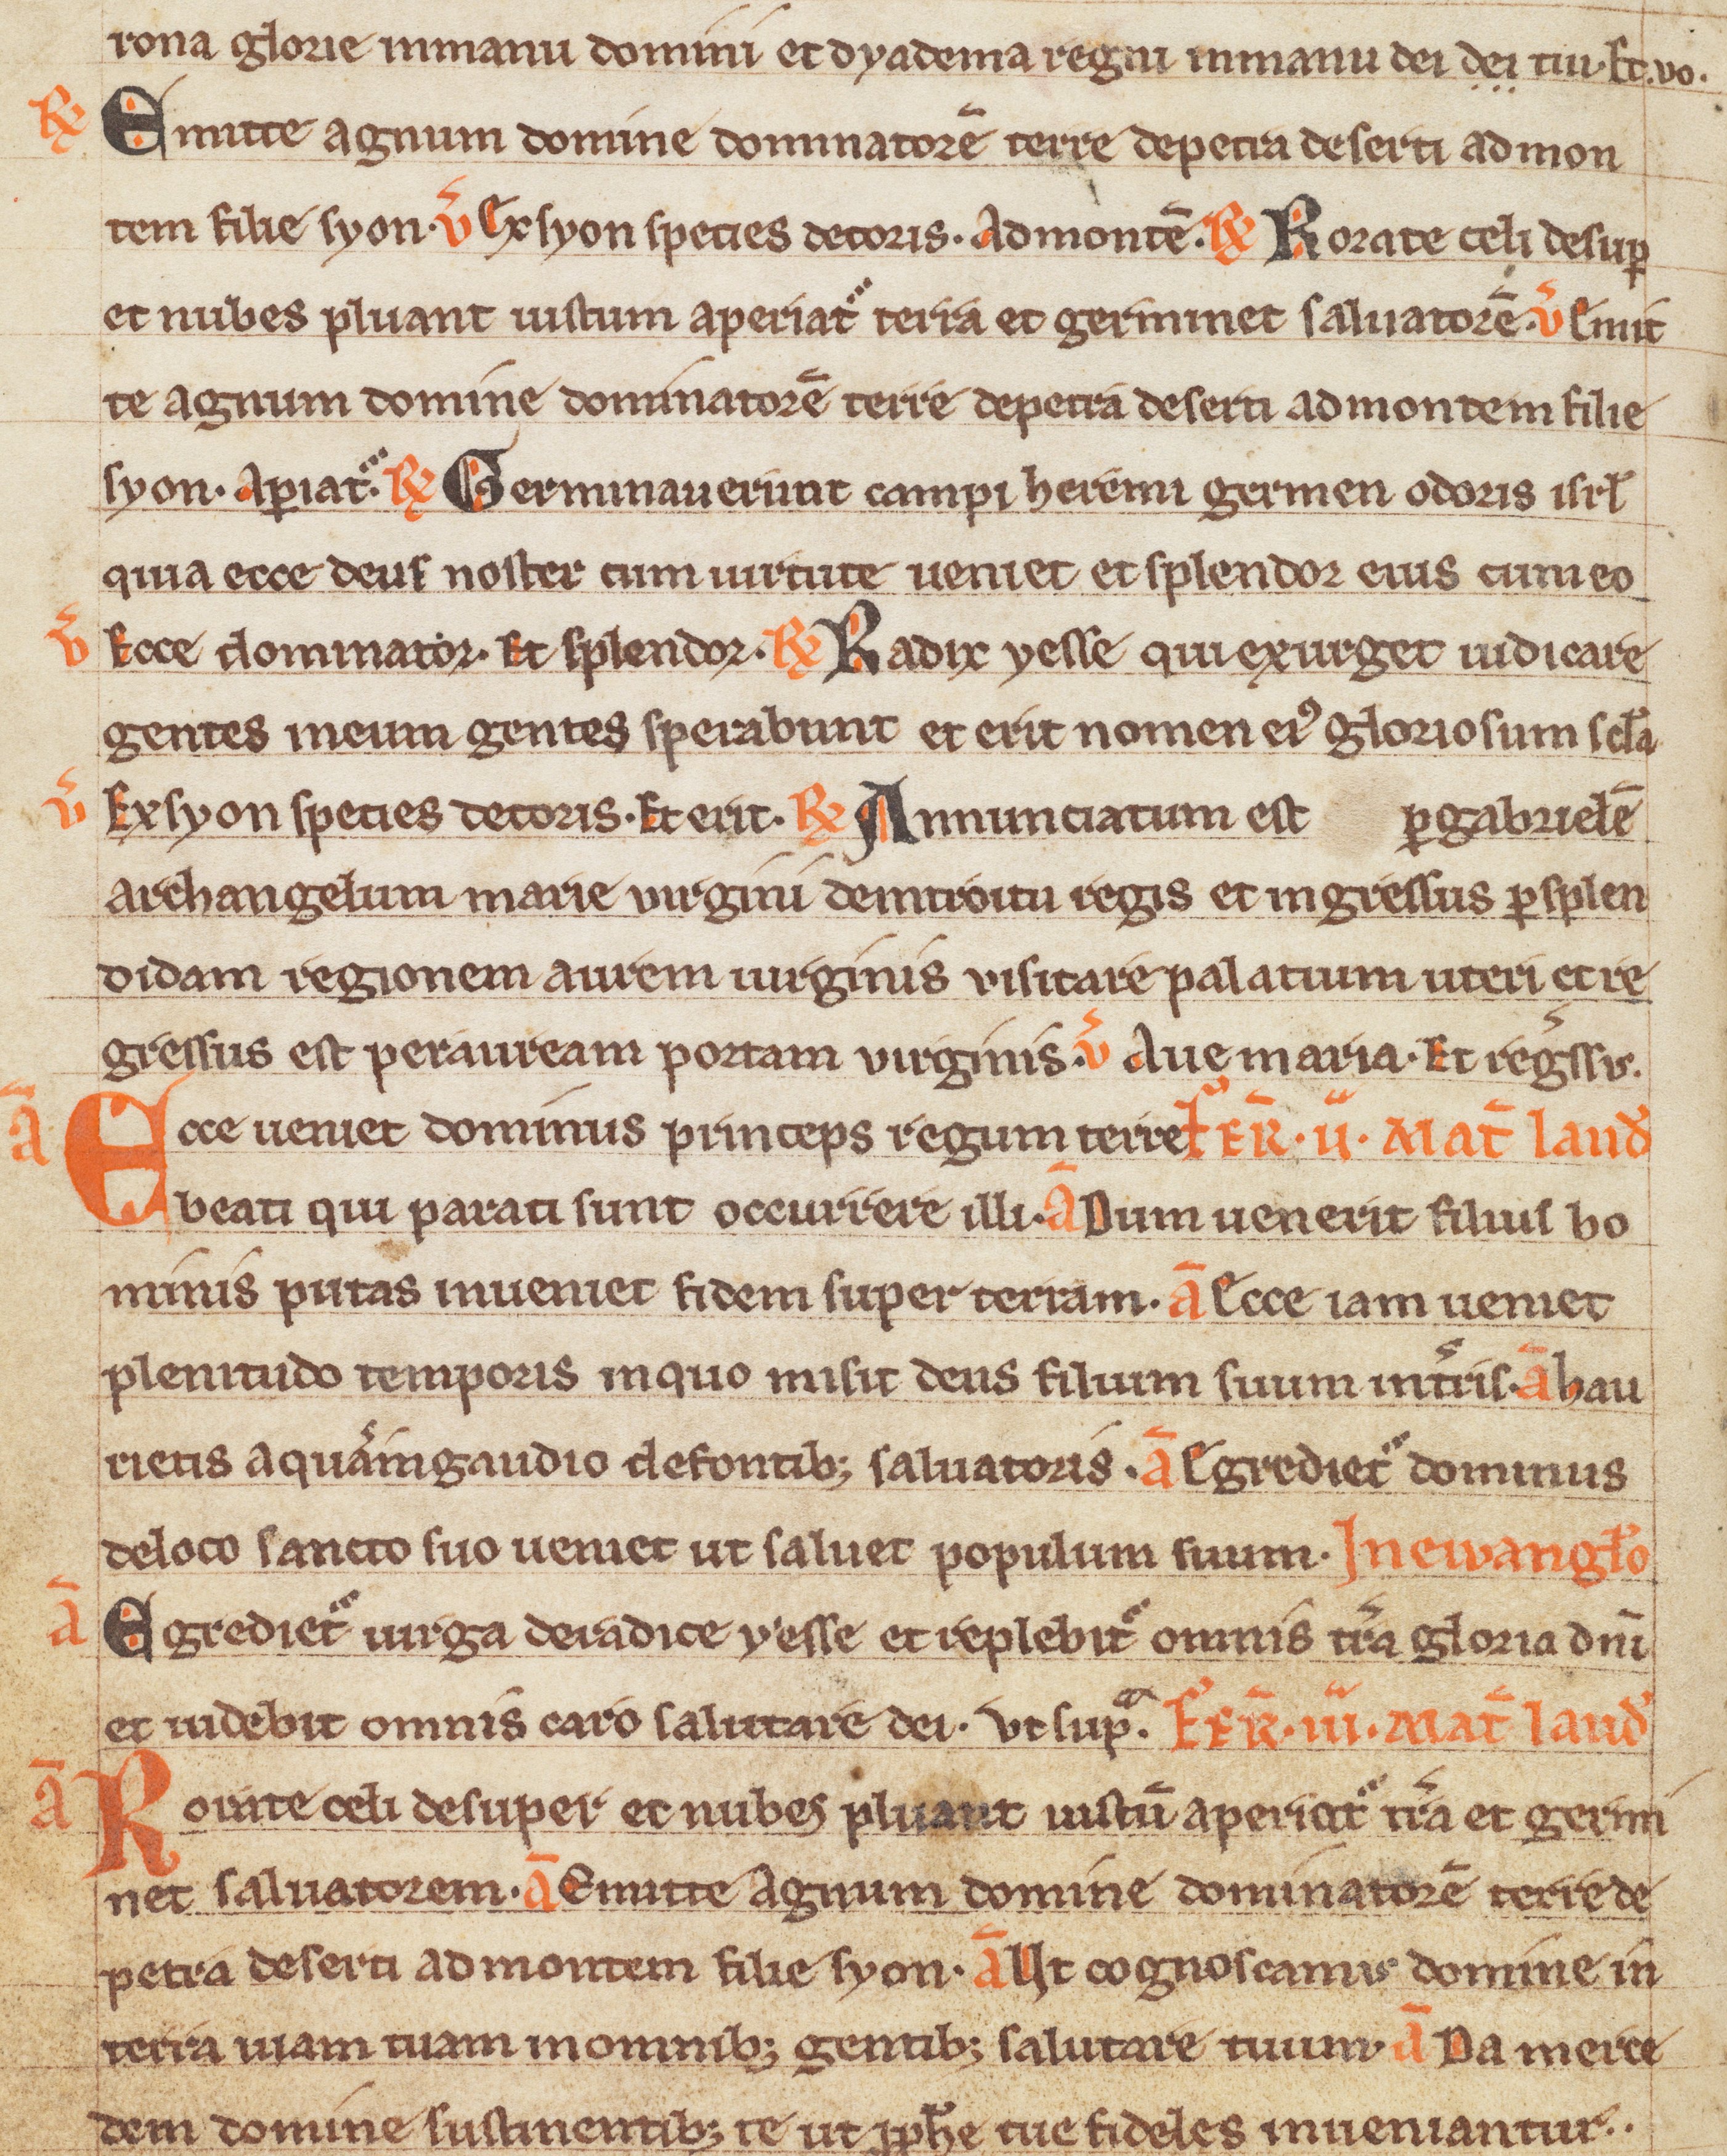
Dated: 1300–1399